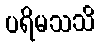
ပရိမသသိ